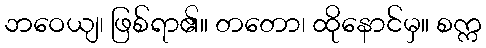
ဘဝေယျ၊ ဖြစ်ရာ၏။ တတော၊ ထိုနောင်မှ။ စက္က